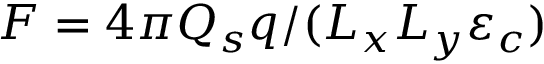
F = 4 \pi Q _ { s } q / ( L _ { x } L _ { y } \varepsilon _ { c } )